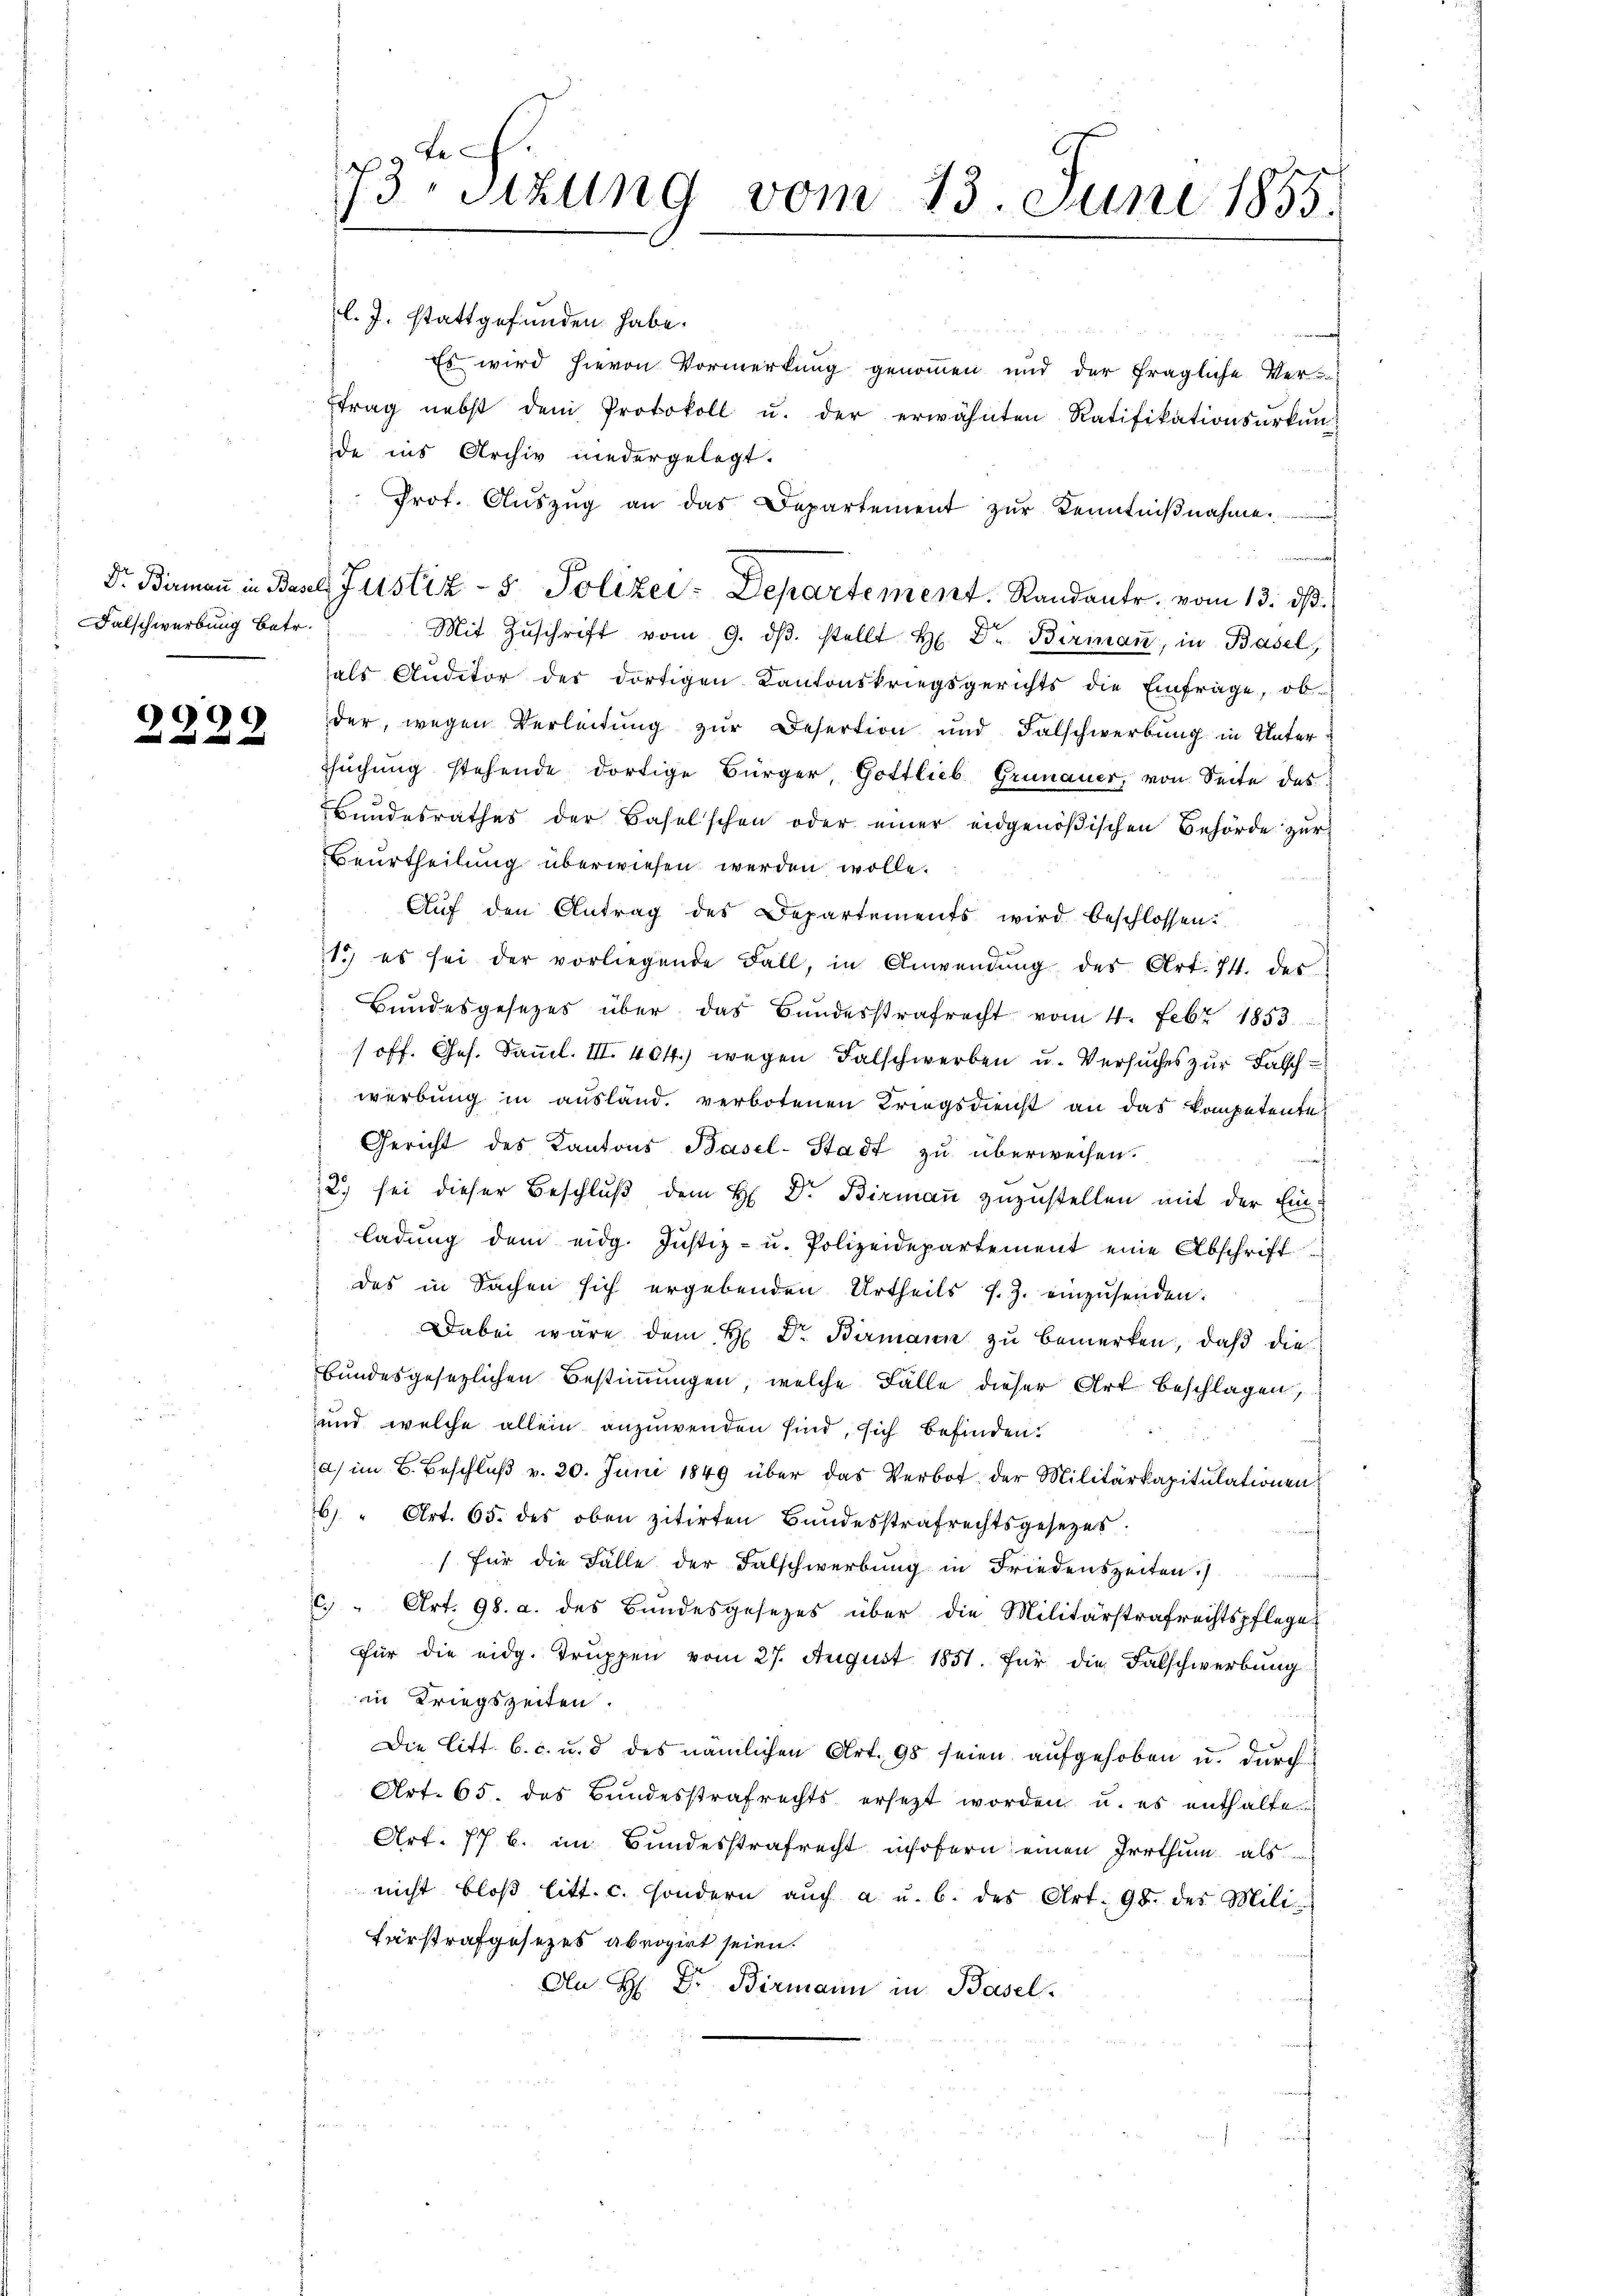
Falschwerbung betr.

999

l. J. stattgefunden habe.
ewerente
Es wird hievon Vormerkung genommen und der fragliche Ver-
trag nebst dem Protokoll u. der erwähnten Ratifikationsŭrkŭn
de ins Archiv niedergelegt.
Prof. Aŭszŭg an das Departement zŭr Kenntniβnahme.
h
Mit Zŭschrift vom 9. dβ. stellt H. Dr. Birmann, in Basel
hals Auditor der dortigen Kantonskriegsgerichts die Einfrage, ob
der, wegen Verleitung zur Desertion und Falschwerbung in Unter¬
Tsuchung stehende dortige Bürger, Gottlieb Grünauer, von Seite das
Bundesrathes der Baselschen oder einer eidgenößischen Behörde zur
Beurtheilung überwiesen werden wolle.
Aŭf den Antrag des Departements wird beschlossen.
1) es sei der vorliegende Fall, in Anwendŭng des Art. 74. des
Bŭndesgesetzes über das Bŭndesstrafrecht vom 4. Febr 1853
/off. Ges. Samml. III. 404) wegen Falschwerben u. Versuches zur Falsch
werbung in ausland. verbotenen Kriegsdienst an das Kompetentes
Gericht des Kantons Basel-Stadt zu überweisen.
h
2.) sei dieser Beschlŭβ dem H. Dr. Birmaṅ zuzustellen mit der Ein-
ladŭng dem eidg. Jŭstiz- u. Polizeidepartement eine Abschrift
des in Sachen sich ergebenden Urtheils s. Z. einzusenden.
Dabei wäre dem H Dr. Birmann zu bemerken, daß die
bundesgesezlichen Bestimmungen, welche Fälle dieser Art beschlagen,
und welche allein anzuwenden sind, sich befinden.
a) im 6. Beschluß v. 20. Juni 1849 über das Verbot der Militärkapitulationen
6 " Art. 65. des oben zitirten Bundesstrafrechtsgesetzes.
(für die Fälle der Falschwerbung in Friedenszeiten
c. " Art. 98. a. des Bundesgesezes über die Militärstrafrechtspflege
für die eidg. Truppen vom 27. August 1851. für die Falschwerbung
in Kriegszeiten.
Die Litt. b. c. u. d des nämlichen Art. 98 seien aufgehoben u. durch
Art. 65. des Bundesstrafrechts ersetzt worden u. es enthalte
Art. 77 b. im Bundesstrafrecht insofern einen Irrthum als
nicht bloβ litt. c. sondern aŭch a u. b. des Art. 98. des Mili-
Färstrafgesezes abrogirt seien.
An H. Dr. Birmann in Basel

9 ten
13. Sitzung vom 23. Juni 1855.

Dr. Bermaṅ in Basel, Justiz- & Polizei-Departement. Randant. vom 13. dβ.